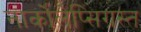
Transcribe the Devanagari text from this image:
नार्कोलेप्सिग्रस्त